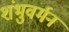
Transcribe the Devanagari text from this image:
शंभुवर्मन